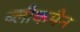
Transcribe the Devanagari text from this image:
ब्लौकमैन